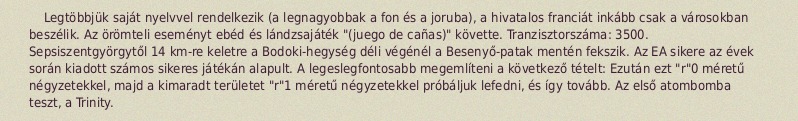
Legtöbbjük saját nyelvvel rendelkezik (a legnagyobbak a fon és a joruba), a hivatalos franciát inkább csak a városokban beszélik. Az örömteli eseményt ebéd és lándzsajáték "(juego de cañas)" követte. Tranzisztorszáma: 3500. Sepsiszentgyörgytől 14 km-re keletre a Bodoki-hegység déli végénél a Besenyő-patak mentén fekszik. Az EA sikere az évek során kiadott számos sikeres játékán alapult. A legeslegfontosabb megemlíteni a következő tételt: Ezután ezt "r"0 méretű négyzetekkel, majd a kimaradt területet "r"1 méretű négyzetekkel próbáljuk lefedni, és így tovább. Az első atombomba teszt, a Trinity.